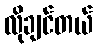
လိုချင်တယ်